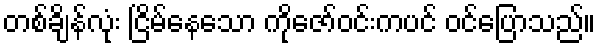
တစ်ချိန်လုံး ငြိမ်နေသော ကိုဇော်ဝင်းကပင် ဝင်ပြောသည်။